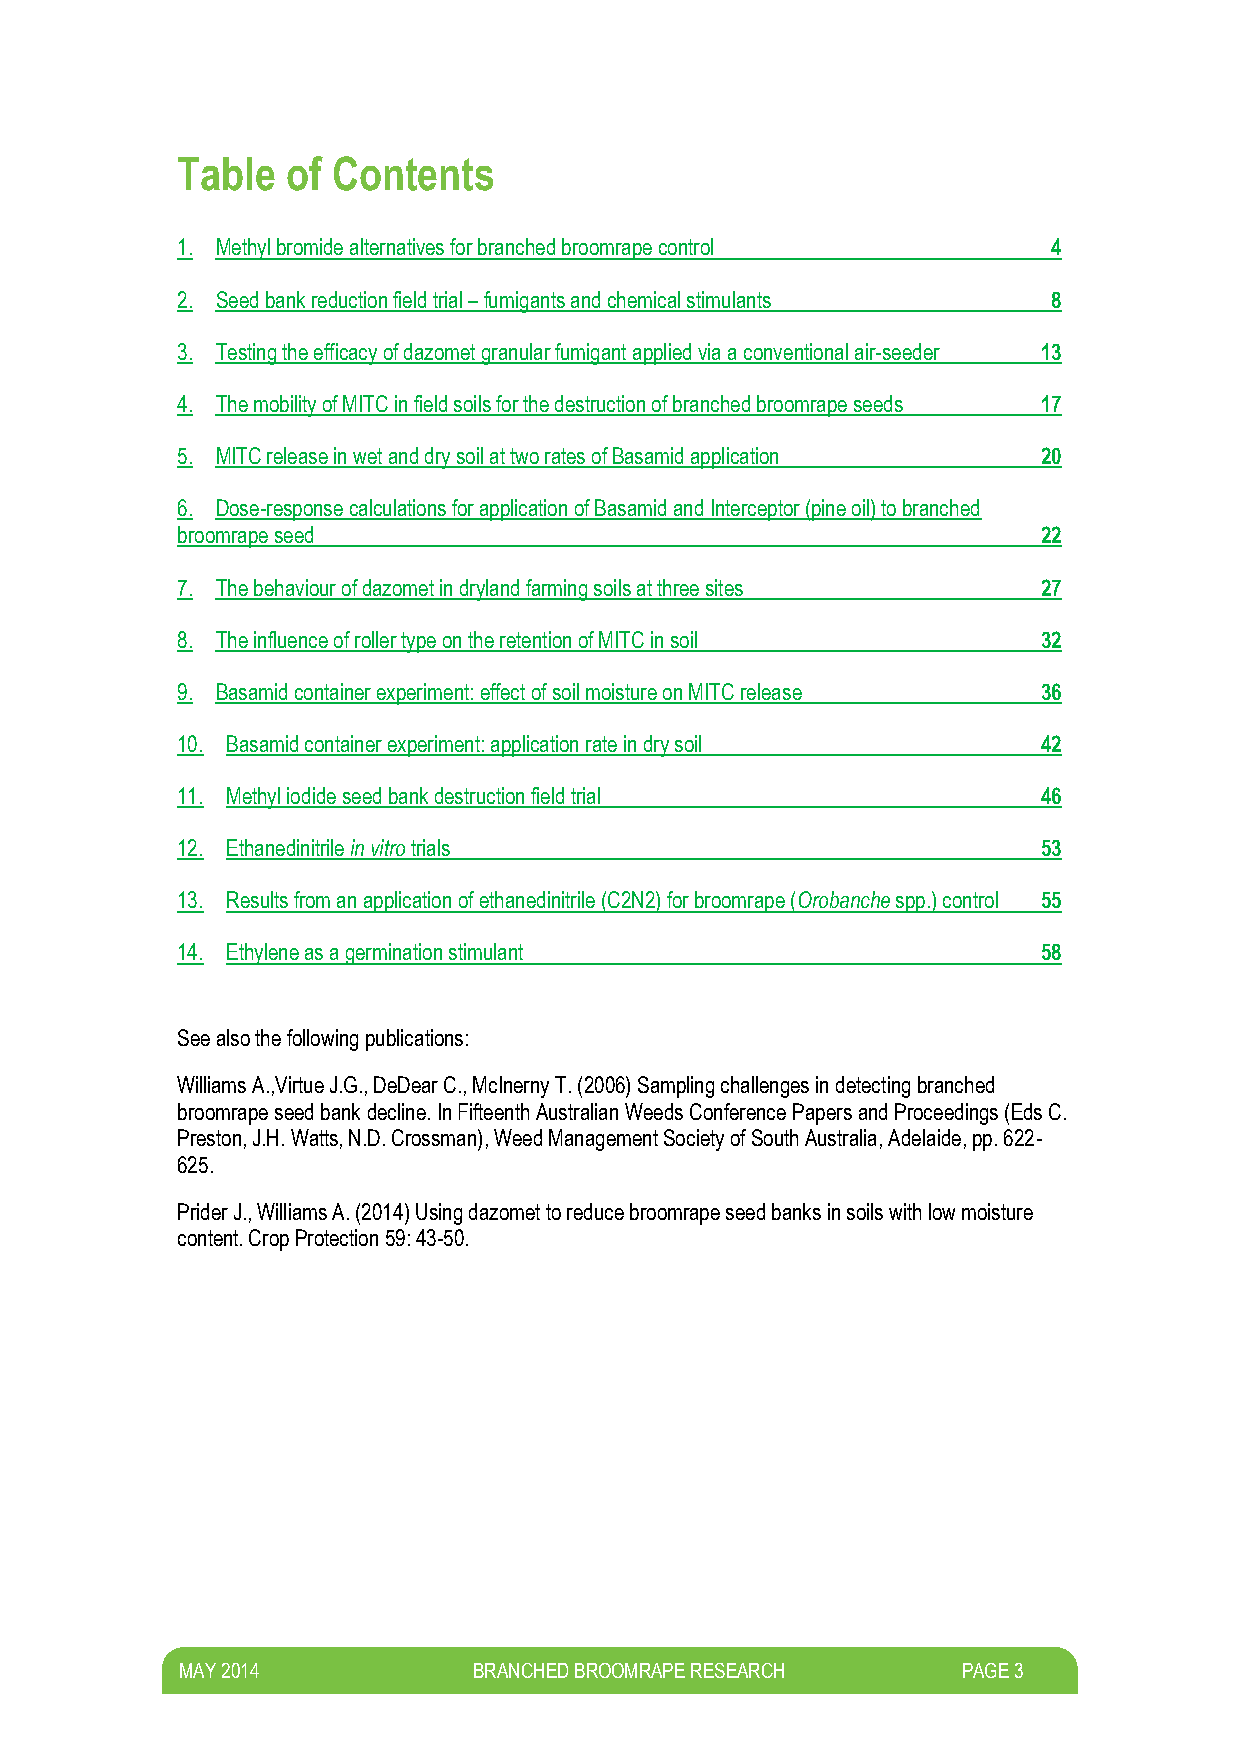
Table  of Contents
 1. Methyl bromide alternatives for branched broomrape control 4
 2. Seed bank reduction field trial – fumigants and chemical stimulants 8
 3. Testing the efficacy of dazomet granular fumigant applied via a conventional air-seeder 13
 4. The mobility of MITC in field soils for the destruction of branched broomrape seeds 17
 5. MITC release in wet and dry soil at two rates of Basamid application 20
 6. Dose-response calculations for application of Basamid and Interceptor (pine oil) to branched
 broomrape seed                                           22
 7. The behaviour of dazomet in dryland farming soils at three sites 27
 8. The influence of roller type on the retention of MITC in soil 32
 9. Basamid container experiment: effect of soil moisture on MITC release 36
 10. Basamid container experiment: application rate in dry soil 42
 11. Methyl iodide seed bank destruction field trial      46
 12. Ethanedinitrile in vitro trials                      53
 13. Results from an application of ethanedinitrile (C2N2) for broomrape (Orobanche spp.) control 55
 14. Ethylene as a germination stimulant                  58
 See also the following publications:
 Williams A.,Virtue J.G., DeDear C., McInerny T. (2006) Sampling challenges in detecting branched
 broomrape seed bank decline. In Fifteenth Australian Weeds Conference Papers and Proceedings (Eds C.
 Preston, J.H. Watts, N.D. Crossman), Weed Management Society of South Australia, Adelaide, pp. 622-
 625.
 Prider J., Williams A. (2014) Using dazomet to reduce broomrape seed banks in soils with low moisture
 content. Crop Protection 59: 43-50.
 M AY 2014          BRANCHED BROOMRAPE RESEARCH      PAGE 3